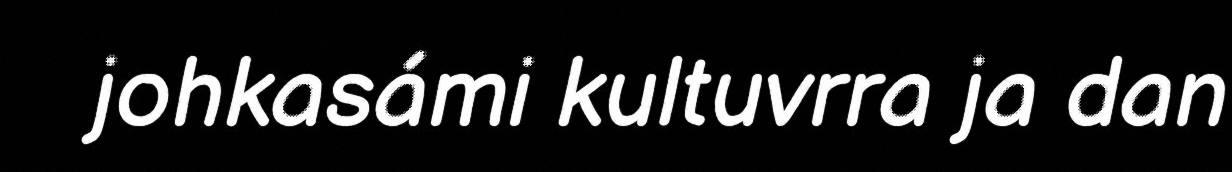
johkasámi kultuvrra ja dan